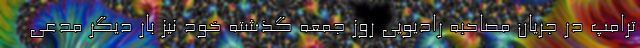
ترامپ در جریان مصاحبه رادیویی روز جمعه گذشته خود نیز بار دیگر مدعی